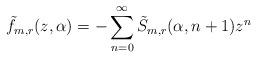
LaTeX: \begin{align*}\tilde{f}_{m,r}(z,\alpha)=- \sum_{n=0}^{\infty}\tilde{S}_{m,r}(\alpha,n+1)z^n\end{align*}